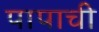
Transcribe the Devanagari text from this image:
पापाची